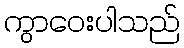
ကွာဝေးပါသည်